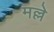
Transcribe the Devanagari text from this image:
मल्ले